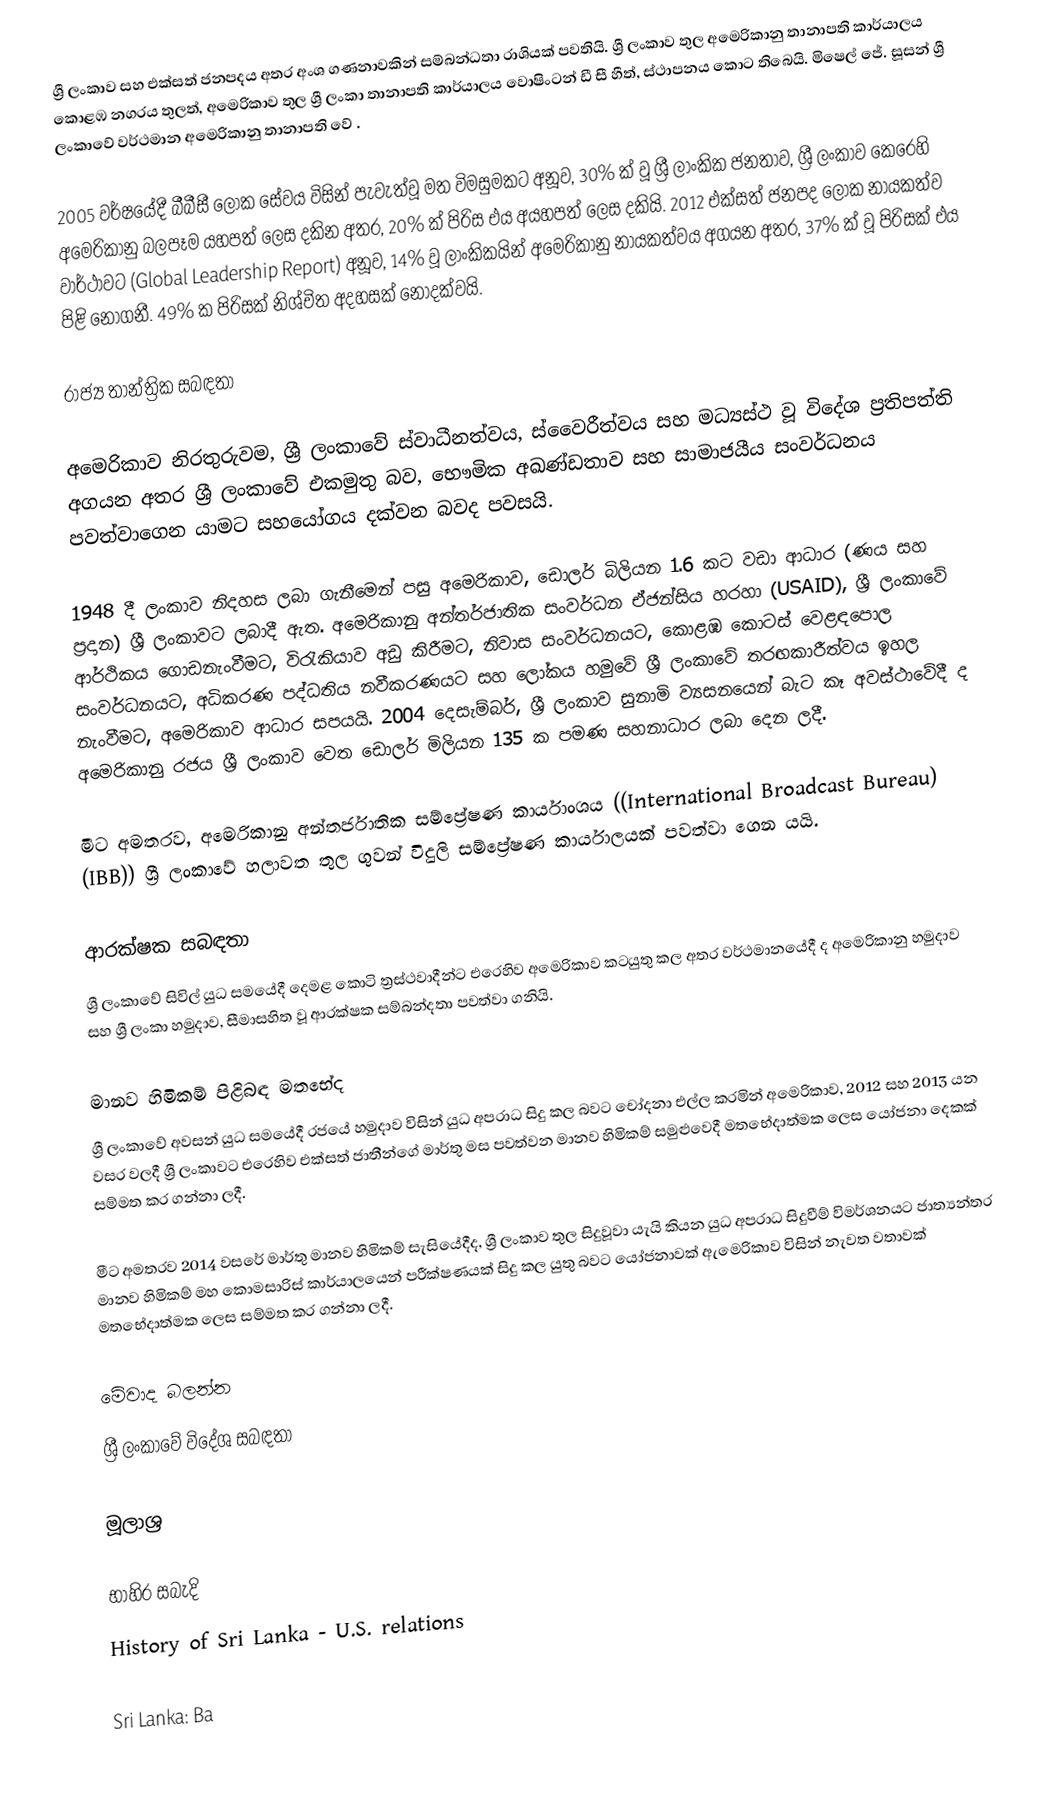
ශ්‍රී ලංකාව සහ එක්සත් ජනපදය අතර අංශ ගණනාවකින් සම්බන්ධතා රාශියක් පවතියි. ශ්‍රී ලංකාව තුල අමෙරිකානු තානාපති කාර්යාලය කොළඹ නගරය තුලත්, අමෙරිකාව තුල ශ්‍රී ලංකා තානාපති කාර්යාලය වොෂිංටන් ඩී සී හීත්, ස්ථාපනය කොට තිබෙයි. මිෂෙල් ජේ. සූසන් ශ්‍රී ලංකාවේ වර්ථමාන අමෙරිකානු තානාපති වේ .

2005 වර්ෂයේදී බීබීසී ලෝක සේවය විසින් පැවැත්වූ මත විමසුමකට අනූව, 30% ක් වූ ශ්‍රී ලාංකික ජනතාව, ශ්‍රී ලංකාව කෙරෙහි අමෙරිකානු බලපෑම යහපත් ලෙස දකින අතර, 20% ක් පිරිස එය අයහපත් ලෙස දකියි. 2012 එක්සත් ජනපද ලෝක නායකත්ව වාර්ථාවට (Global Leadership Report) අනූව, 14% වූ ලාංකිකයින් අමෙරිකානු නායකත්වය අගයන අතර, 37% ක් වූ පිරිසක් එය පිළි නොගනී. 49% ක පිරිසක් නිශ්චිත අදහසක් නොදක්වයි.

රාජ්‍ය තාන්ත්‍රික සබඳතා

අමෙරිකාව නිරතුරුවම, ශ්‍රී ලංකාවේ ස්වාධීනත්වය, ස්වෛරීත්වය සහ මධ්‍යස්ථ වූ විදේශ ප්‍රතිපත්ති අගයන අතර ශ්‍රී ලංකාවේ එකමුතු බව, භෞමික අඛණ්ඩතාව සහ සාමාජයීය සංවර්ධනය පවත්වාගෙන යාමට සහයෝගය දක්වන බවද පවසයි.

1948 දී ලංකාව නිදහස ලබා ගැනීමෙන් පසු අමෙරිකාව, ඩොලර් බිලියන 1.6 කට වඩා ආධාර (ණය සහ ප්‍රදාන) ශ්‍රී ලංකාවට ලබාදී ඇත. අමෙරිකානු අන්තර්ජාතික සංවර්ධන ඒජන්සිය හරහා (USAID), ශ්‍රී ලංකාවේ ආර්ථිකය ගොඩනැංවීමට, විරැකියාව අඩු කිරීමට, නිවාස සංවර්ධනයට, කොළඹ කොටස් වෙළඳපොල සංවර්ධනයට, අධිකරණ පද්ධතිය නවීකරණයට සහ ලෝකය හමුවේ ශ්‍රී ලංකාවේ තරඟකාරීත්වය ඉහල නැංවීමට, අමෙරිකාව ආධාර සපයයි. 2004 දෙසැම්බර්, ශ්‍රී ලංකාව සුනාමි ව්‍යසනයෙන් බැට කෑ අවස්ථාවේදී ද අමෙරිකානු රජය ශ්‍රී ලංකාව වෙත ඩොලර් මිලියන 135 ක පමණ සහනාධාර ලබා දෙන ලදී.

මීට අමතරව, අමෙරිකානු අන්තර්ජාතික සම්ප්‍රේෂණ කාර්යාංශය ((International Broadcast Bureau) (IBB)) ශ්‍රී ලංකාවේ  හලාවත තුල ගුවන් විදුලි සම්ප්‍රේෂණ කාර්යාලයක් පවත්වා ගෙන යයි.

ආරක්ෂක සබඳතා
ශ්‍රී ලංකාවේ සිවිල් යුධ සමයේදී දෙමළ කොටි ත්‍රස්ථවාදීන්ට එරෙහිව අමෙරිකාව කටයුතු කල අතර වර්ථමානයේදී ද අමෙරිකානු හමුදාව සහ ශ්‍රී ලංකා හමුදාව, සීමාසහිත වූ ආරක්ෂක සම්බන්දතා පවත්වා ගනියි.

මානව හිමිකම් පිළිබඳ මතභේද
ශ්‍රී ලංකාවේ අවසන් යුධ සමයේදී රජයේ හමුදාව විසින් යුධ අපරාධ සිදු කල බවට චෝදනා එල්ල කරමින් අමෙරිකාව, 2012 සහ 2013 යන වසර වලදී ශ්‍රී ලංකාවට එරෙහිව එක්සත් ජාතීන්ගේ මාර්තු මස පවත්වන මානව හිමිකම් සමුළුවෙදී මතභේදාත්මක ලෙස යෝජනා දෙකක් සම්මත කර ගන්නා ලදී.

මීට අමතරව 2014 වසරේ මාර්තු මානව හිමිකම් සැසියේදීද, ශ්‍රී ලංකාව තුල සිදුවූවා යැයි කියන යුධ අපරාධ සිදුවීම් විමර්ශනයට ජාත්‍යන්තර මානව හිමිකම් මහ කොමසාරිස් කාර්යාලයෙන් පරීක්ෂණයක් සිදු කල යුතු බවට යෝජනාවක් ඇමෙරිකාව විසින් නැවත වතාවක් මතභේදාත්මක ලෙස සම්මත කර ගන්නා ලදී.

මේවාද බලන්න
ශ්‍රී ලංකාවේ විදේශ සබඳතා

මූලාශ්‍ර

භාහිර සබැදි
History of Sri Lanka - U.S. relations

 Sri Lanka: Ba